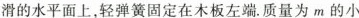
滑的水平面上，轻弹簧固定在木板左端。质量为m的小